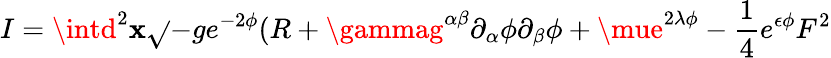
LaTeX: I=\intd^{2}\mathbf{x}\sqrt{}{{-g}}e^{-2\phi}(R+\gammag^{\alpha\beta}\partial_{\alpha}\phi\partial_{\beta}{\phi}+\mue^{2\lambda\phi}-\frac{{1}}{{4}}e^{\epsilon\phi}F^{2}